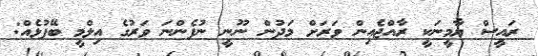
ރައީސް ޔާމީނަކީ ރާއްޖެއިން ވަރަށް މަދުން ނޫނީ ނުފެންނަ ވަރުގެ އިލްމީ ބޭފުޅެއް: